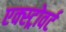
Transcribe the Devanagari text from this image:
एक्स्ट्रोवर्ट